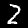
Digit: 2